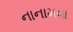
નાનામવા